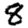
Digit: 8